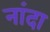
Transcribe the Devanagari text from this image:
नांदा